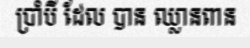
ប្រាំបី ដែល បាន ឈ្លានពាន